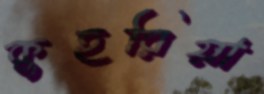
কুহরিয়া